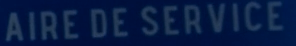
AIRE DE SERVICE